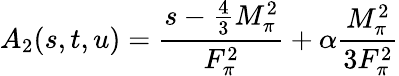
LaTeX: A_{2}(s,t,u)=\displaystyle\frac{s-\frac{4}{3}M_{\pi}^{2}}{F_{\pi}^{2}}+\alpha\displaystyle\frac{M_{\pi}^{2}}{3F_{\pi}^{2}}